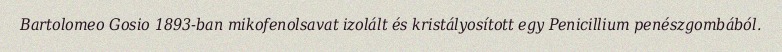
Bartolomeo Gosio 1893-ban mikofenolsavat izolált és kristályosított egy Penicillium penészgombából.